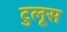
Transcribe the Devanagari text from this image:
टुलूस